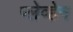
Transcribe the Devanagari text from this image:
प्लेव्हेन